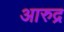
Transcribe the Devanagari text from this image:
आरुद्र